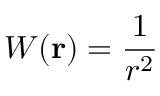
W ( { \bf r } ) = \frac { 1 } { r ^ { 2 } } \;